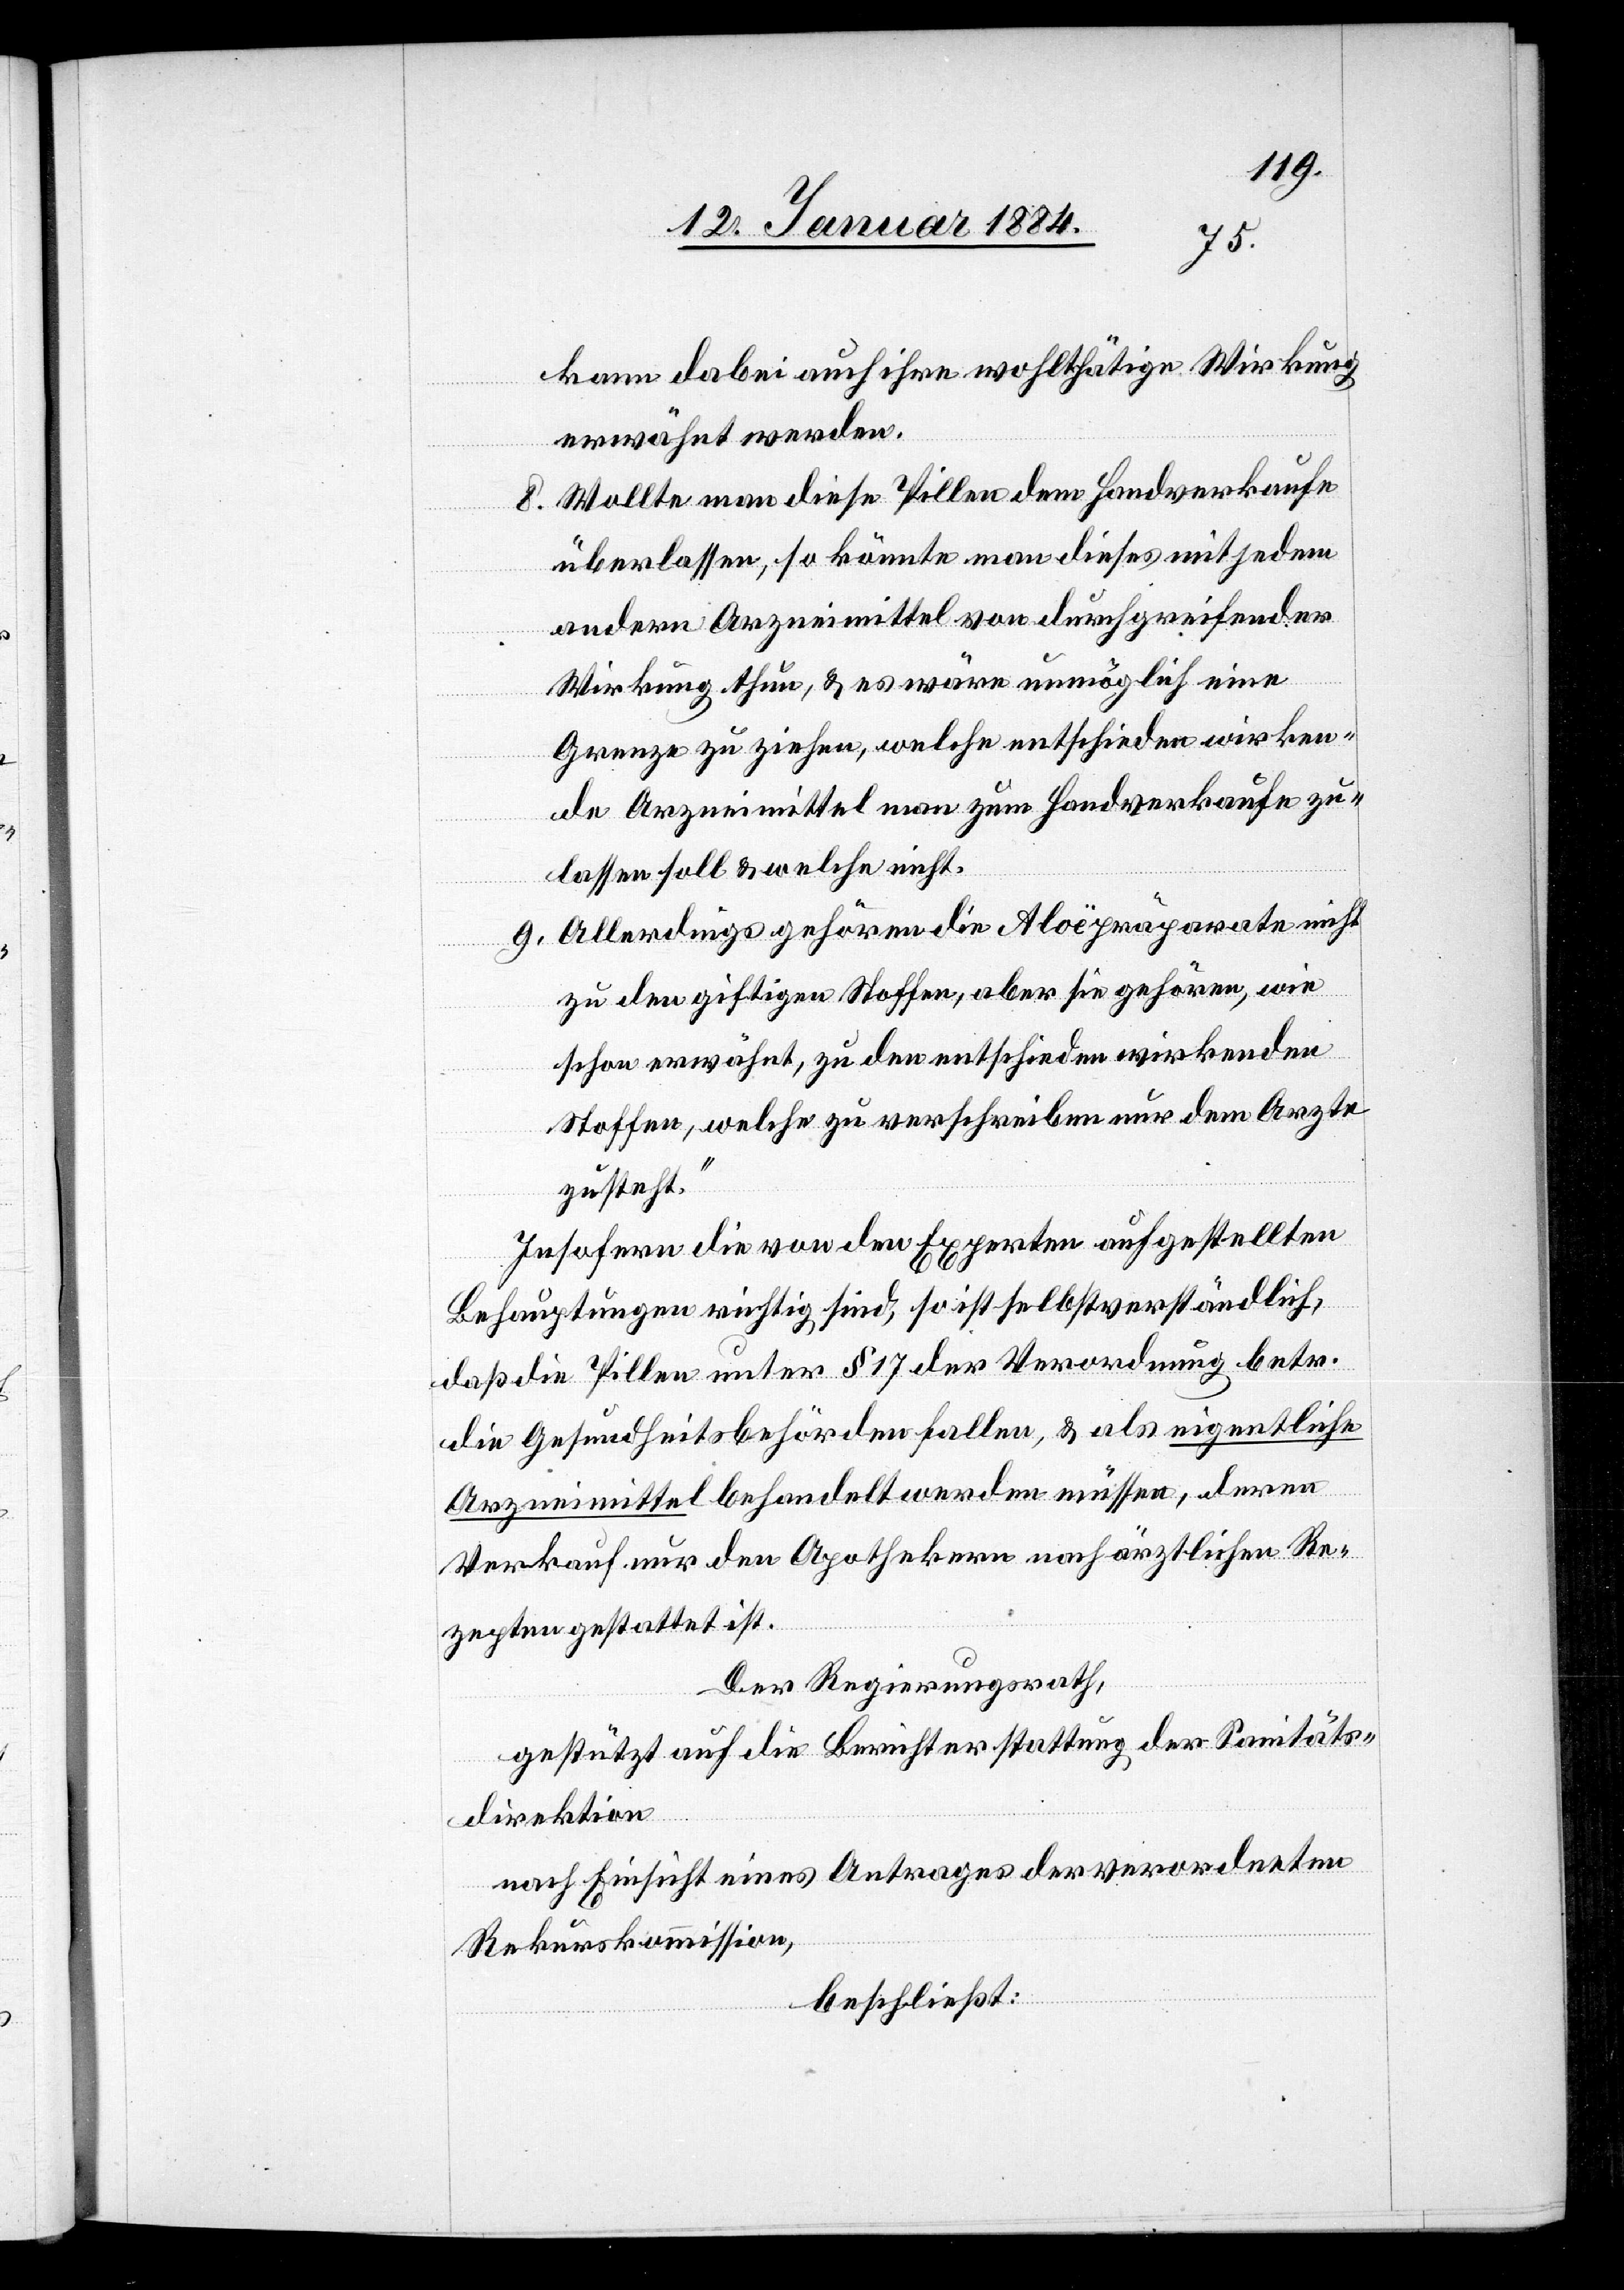
kann dabei auch ihre wohltätige Wirkung
erwähnt werden.
8. Wollte man diese Pillen dem Handverkaufe
überlassen, so könnte man dieses mit jedem
andern Arzneimittel von durchgreifender
Wirkung thun, & es wäre unmöglich eine
Grenze zu ziehen, welche entschieden wirken¬
de Arzneimittel man zum Handverkaufe zu¬
lassen soll & welche nicht.
9. Allerdings gehören die Aloëpräparate nicht
zu den giftigen Stoffen, aber sie gehören, wie
schon erwähnt, zu den entschieden wirkenden
Stoffen, welche zu verschreiben nur dem Arzte
zusteht.
Insofern die von den Experten aufgestellten
Behauptungen richtig sind, so ist selbstverständlich,
daß die Pillen unter § 17 der Verordnung betr.
die Gesundheitsbehörden fallen, & als eigentliche
Arzneimittel behandelt werden müssen, deren
Verkauf nur den Apotheken nach ärztlichen Re¬
zepten gestattet ist.
Der Regierungsrath,
gestützt auf die Berichterstattung der Sanitäts¬
direktion
nach Einsicht eines Antrages der verordneten
Rekurskommission,
beschließt: